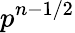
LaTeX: p^{n-1/2}